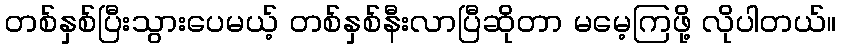
တစ်နှစ်ပြီးသွားပေမယ့် တစ်နှစ်နီးလာပြီဆိုတာ မမေ့ကြဖို့ လိုပါတယ်။